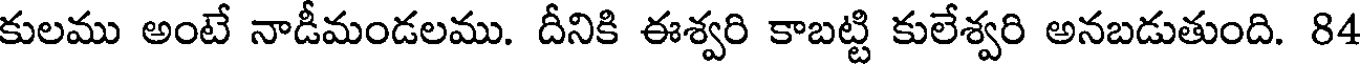
కులము అంటే నాడీమండలము. దీనికి ఈశ్వరి కాబట్టి కులేశ్వరి అనబడుతుంది. 84